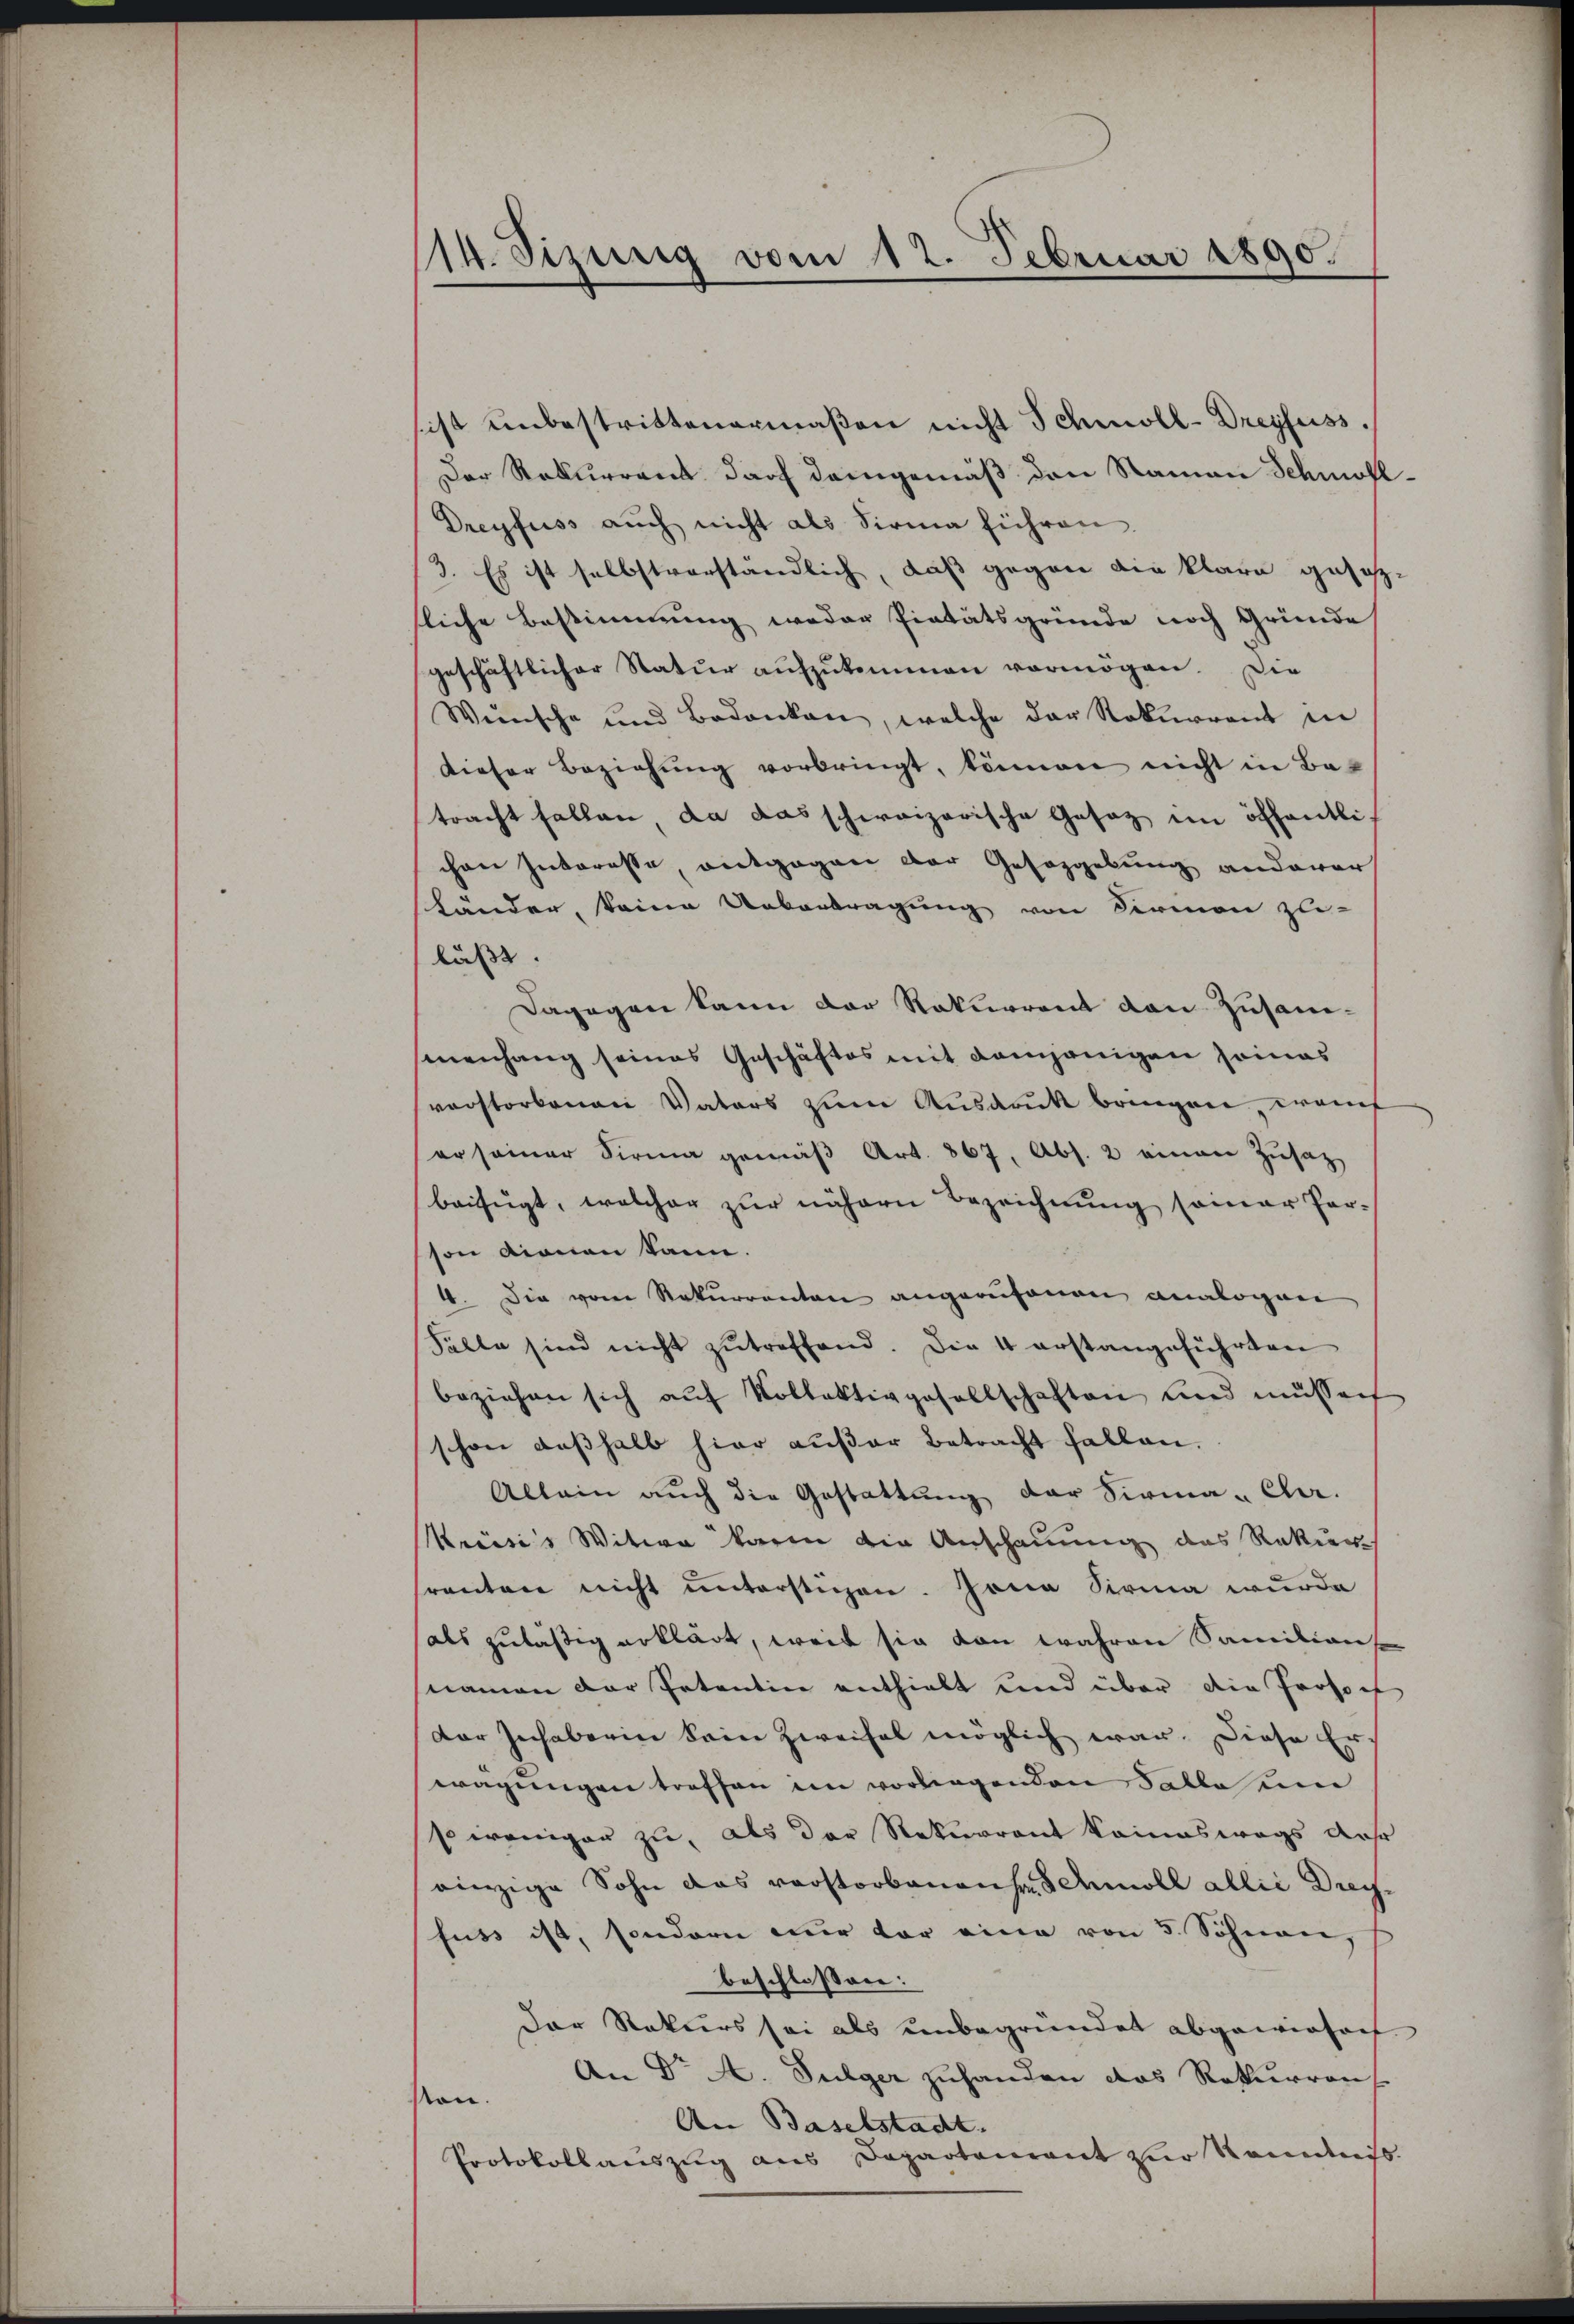
114. Sizung vom 12. Februar 1890.

sist unbestrittenermaβen nicht Schmoll-Dreyfuss.
Der Rekurrent darf demgemäß den Namen Schmoll¬
Dreyfuss auch nicht als Sirma führen.
3. Es ist selbstverständlich, daß gegen die klare gesetzsliche Bestimmung weder Pietätsgründe noch Gründe
geschäftlicher Natur aufzukommen vermögen. Die
Wünsche und Bedanken, welche der Rekurrent in
dieser Beziehŭng vorbringt, können nicht in Be-
tracht fallen, da das schweizerische Gesetz im öffentli-
chen Interesse, entgegen der Gesazgebung anderer
Länder, keine Uebertragung von Formen zli-
lässt. |
Dagegen kann der Rekurrent den Zusammenhang seines Geschäftes mit demjenigen seines
verstorbenen Vaters zum Ausdruck bringen, want
er seiner Sirma gemäβ Art. 867, Abs. 2 einen Zusatz
beifügt, welcher zur nähern Bezeichnung seiner Par-
son dienen kann.
4. Die vom Rekurrenten angerufenen analogen
Fälle sind nicht zŭtreffend. Die 4 erstangeführten
beziehen sich aŭf Kollektivgesellschaften und müssen
schon deßhalb hier außer Betracht fallen.
Allein aŭch die Gestattŭng der Sirna - Cher-
Kreisis Witwe waren die Anschauung das Rekur
frenten nicht unterstichen. Jona Sirma wurde
als zuläßig erklärt, weil sie von wahren Familianse
(namen der Petention enthielt und über die Prosoef
Der Inhaberin sein Zweifel möglich war. Diese Er-
wagungen treffen im vorliegenden Falle um
so weniger zu, als der Rekurrent keineswegs das
einzige Sohn das vorstorbenanses Amoll allie Dreyfuss ist, sondern nur vor eine von 5 Söhnen,
beschlossen:
Der Rekurs sei als unbegründet abgewiesach
An Dr A. Fulger zuhanden das Rekurren
ston.
An Baselstadt.
Protokollauszug aus Departement zur Kenntnis.